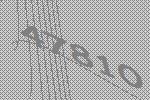
47810